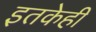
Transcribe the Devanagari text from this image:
इतकेही